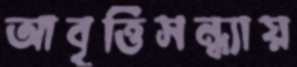
আবৃত্তিসন্ধ্যায়